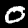
Label: 0